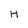
Character: H